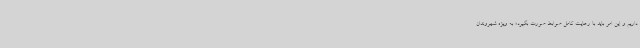
داریم و این امر باید با رعایت کامل ضوابط صورت بگیرد؛ به ویژه شهروندان